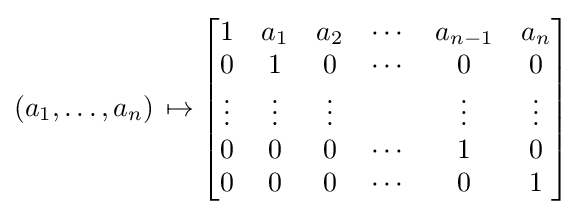
(a_{1},\ldots ,a_{n})\,\mapsto {\begin{bmatrix}1&a_{1}&a_{2}&\cdots &a_{n-1}&a_{n}\\0&1&0&\cdots &0&0\\\vdots &\vdots &\vdots &&\vdots &\vdots \\0&0&0&\cdots &1&0\\0&0&0&\cdots &0&1\end{bmatrix}}